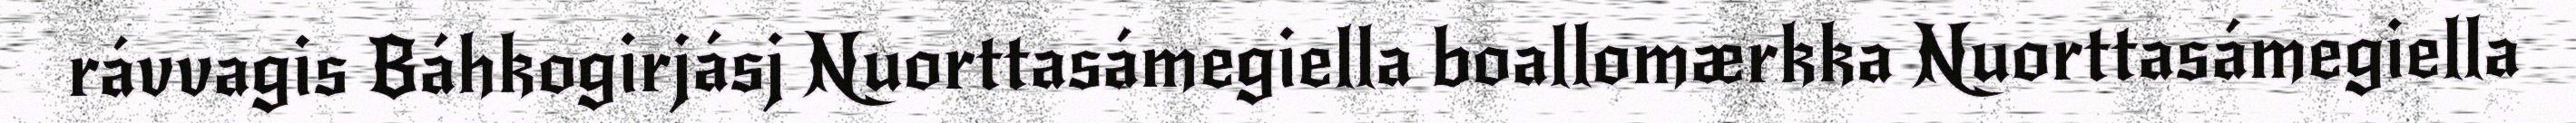
rávvagis Báhkogirjásj Nuorttasámegiella boallomærkka Nuorttasámegiella